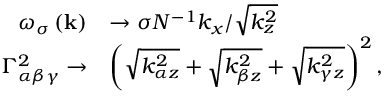
\begin{array} { r l } { \omega _ { \sigma } \left( \mathbf { k } \right) } & { \rightarrow \sigma N ^ { - 1 } k _ { x } / \sqrt { k _ { z } ^ { 2 } } } \\ { \Gamma _ { \alpha \beta \gamma } ^ { 2 } \rightarrow } & { \left( \sqrt { k _ { \alpha z } ^ { 2 } } + \sqrt { k _ { \beta z } ^ { 2 } } + \sqrt { k _ { \gamma z } ^ { 2 } } \right) ^ { 2 } , } \end{array}